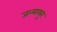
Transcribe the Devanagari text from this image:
जन्मासुर